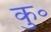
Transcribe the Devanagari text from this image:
कु॰